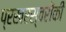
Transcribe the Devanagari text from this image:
प्रखरस्वरोंकी